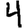
Digit: 4